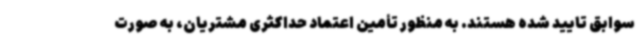
سوابق تایید شده هستند. به منظور تأمین اعتماد حداکثری مشتریان، به صورت